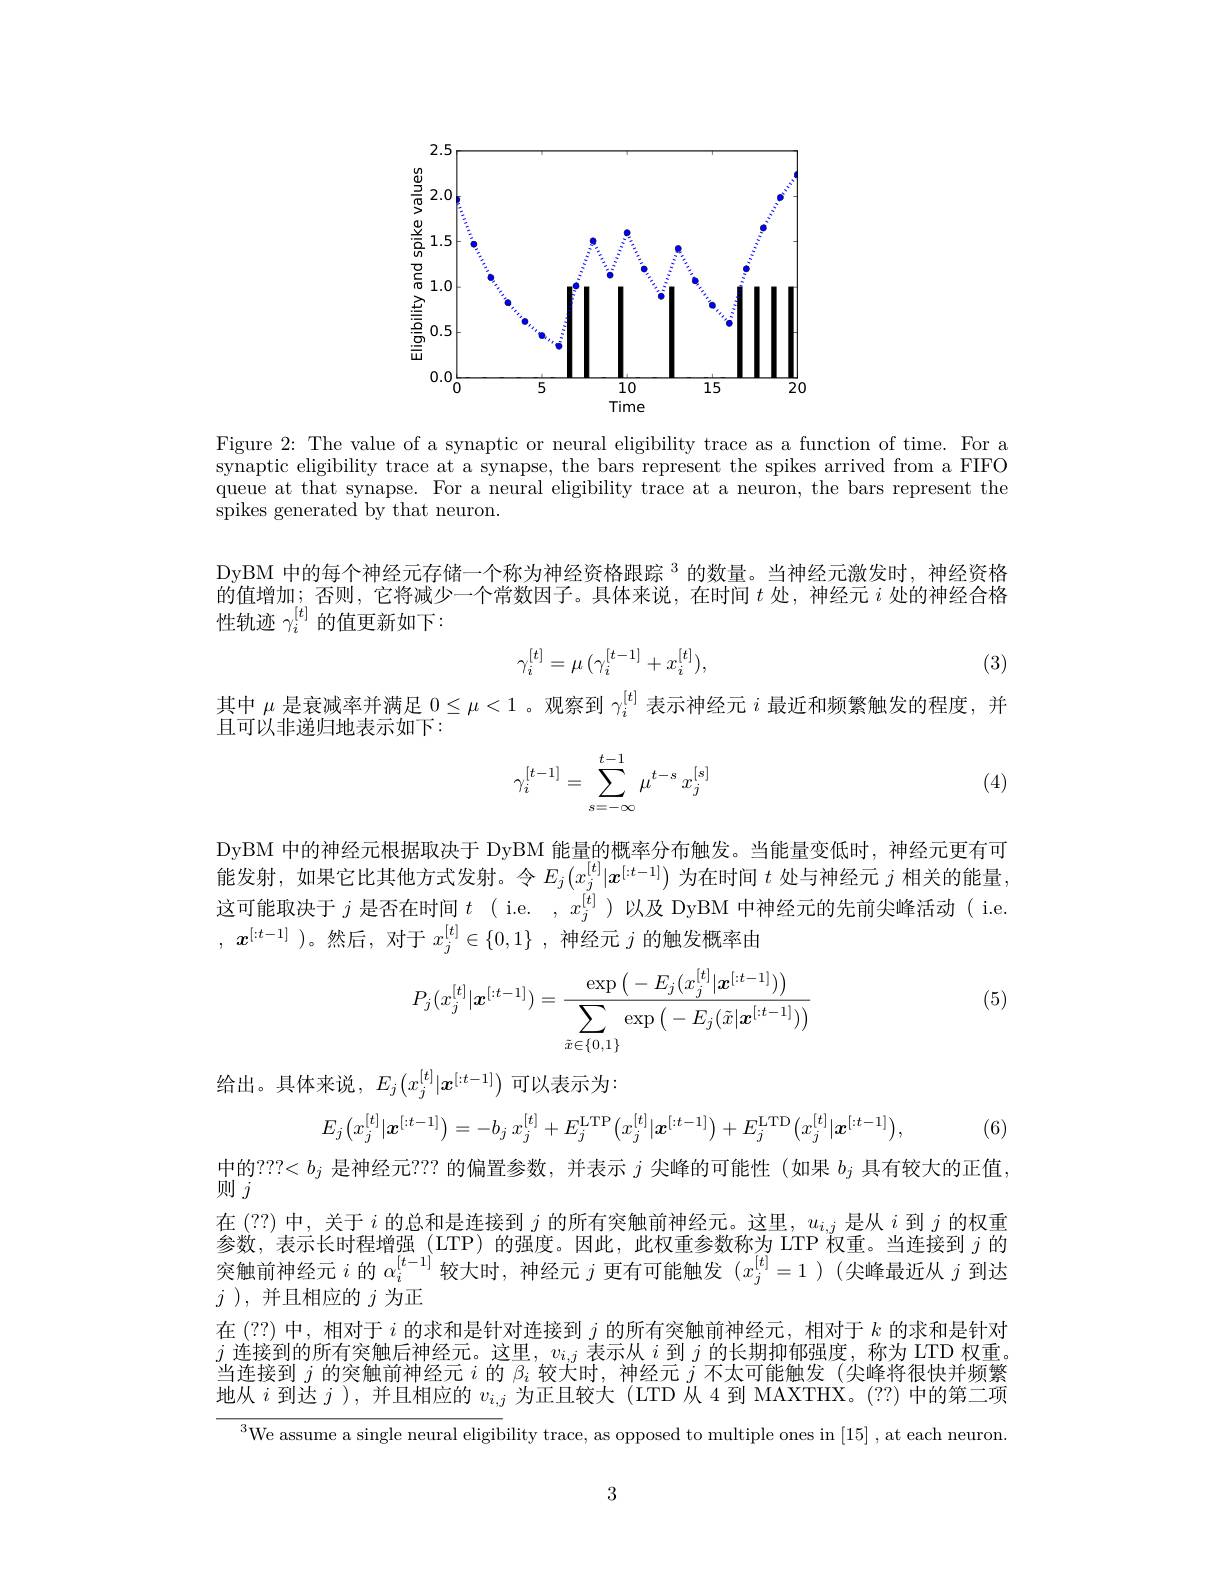
<FigureHere>

Figure 2: The value of a synaptic or neural eligibility trace as a function of time. For a synaptic eligibility trace at a synapse, the bars represent the spikes arrived from a FIFO queue at that synapse. For a neural eligibility trace at a neuron, the bars represent the spikes generated by that neuron.

DyBM 中的每个神经元存储一个称为神经资格跟踪$^{3}$的数量。当神经元激发时，神经资格的值增加；否则，它将减少一个常数因子。具体来说，在时间$t$处，神经元$i$处的神经合格性轨迹$\gamma_i^{[t]}$的值更新如下：
$$\gamma_i^{[t]}=\mu\:(\gamma_i^{[t-1]}+x_i^{[t]}),$$
(3)

其中$\mu$是衰减率并满足$0\leq\mu<1$ 。观察到$\gamma_i^{[t]}$表示神经元$i$最近和频繁触发的程度，并
且可以非递归地表示如下：
$$\gamma_i^{[t-1]}=\sum_{s=-\infty}^{t-1}\mu^{t-s}x_j^{[s]}$$
(4)

DyBM 中的神经元根据取决于 DyBM 能量的概率分布触发。当能量变低时，神经元更有可能发射，如果它比其他方式发射。令$E_j(x_j^{[t]}|\boldsymbol{x}^{[:t-1]})$为在时间$t$处与神经元$j$相关的能量： 这可能取决于$j$是否在时间$t$ ( i.e. $,x_j^{[t]})$以及 DyBM 中神经元的先前尖峰活动 ( i.e. $,x^{[:t-1]}$ )。然后，对于$x_j^[t]\in\{0,1\}$,神经元$j$的触发概率由

(5)
$$P_j(x_j^{[t]}|\boldsymbol{x}^{[:t-1]})=\frac{\exp\left(-E_j(x_j^{[t]}|\boldsymbol{x}^{[:t-1]})\right)}{\sum_{\tilde{x}\in\{0,1\}}\exp\left(-E_j(\tilde{x}|\boldsymbol{x}^{[:t-1]})\right)}$$
给出。具体来说，$E_j(x_j^{[t]}|\boldsymbol{x}^{[:t-1]})$可以表示为：
$$E_j\big(x_j^{[t]}|\boldsymbol{x}^{[:t-1]}\big)=-b_j\:x_j^{[t]}+E_j^{\mathrm{LTP}}\big(x_j^{[t]}|\boldsymbol{x}^{[:t-1]}\big)+E_j^{\mathrm{LTD}}\big(x_j^{[t]}|\boldsymbol{x}^{[:t-1]}\big),$$
(6)

$中的？??<b_j$是神经元？?? 的偏置参数，并表示$j$尖峰的可能性 (如果$b_j$具有较大的正值，
则$\stackrel{\rightarrow}{j}$

在(??)中，关于i的总和是连接到$j$的所有突触前神经元。这里，$u_i,j$是从$i$到$j$的权重参数，表示长时程增强(LTP)的强度。因此，此权重参数称为 LTP 权重。当连接到$i$的突触前神经元$i$的$\alpha_i^[t-1]$较大时，神经元$j$更有可能触发$(x_j^[t]=1)$ (尖峰最近从$j$到达$j$ ), 并且相应的$j$为正
在(??)中，相对于$i$的求和是针对连接到$j$的所有突触前神经元，相对于$k$的求和是针对$j$连接到的所有突触后神经元。这里，$v_i,j$表示从$i$到$j$的长期抑郁强度，称为 LTD 权重。当连接到$j$的突触前神经元$i$的$\beta_i$较大时，神经元$j$不太可能触发(尖峰将很快并频繁地从$i$到达$j$ ), 并且相应的$v_i,j$为正且较大 (LTD 从 4 到 MAXTHX。(??) 中的第二项
$^{3}$We assume a single neural eligibility trace, as opposed to multiple ones in [15] , at each neuron

3